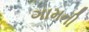
ગામની